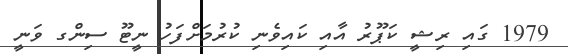
1979 ގައި ރިޝީ ކަޕޫރު އާއި ކައިވެނި ކުރުމަށްފަހު ނީޓޫ ސިންގ ވަނީ